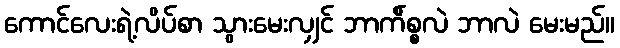
ကောင်လေးရဲ့လိပ်စာ သွားမေးလျှင် ဘာက်ိစ္စလဲ ဘာလဲ မေးမည်။